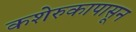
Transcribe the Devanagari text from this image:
कशेरुकापासून